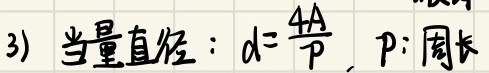
3) 当量直径：\(d = \frac{4A}{P}\)，\(P\)：周长